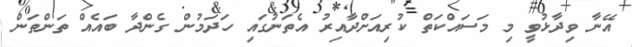
އޭނާ ވިދާޅުވީ މި މަސައްކަތް ކުރިއަށްދާއިރު އެތަނުގައި ހަދަމުން ގެންދާ ބައެއް ތަންތަން